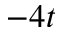
- 4 t